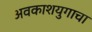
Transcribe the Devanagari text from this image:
अवकाशयुगाचा